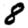
Digit: 8